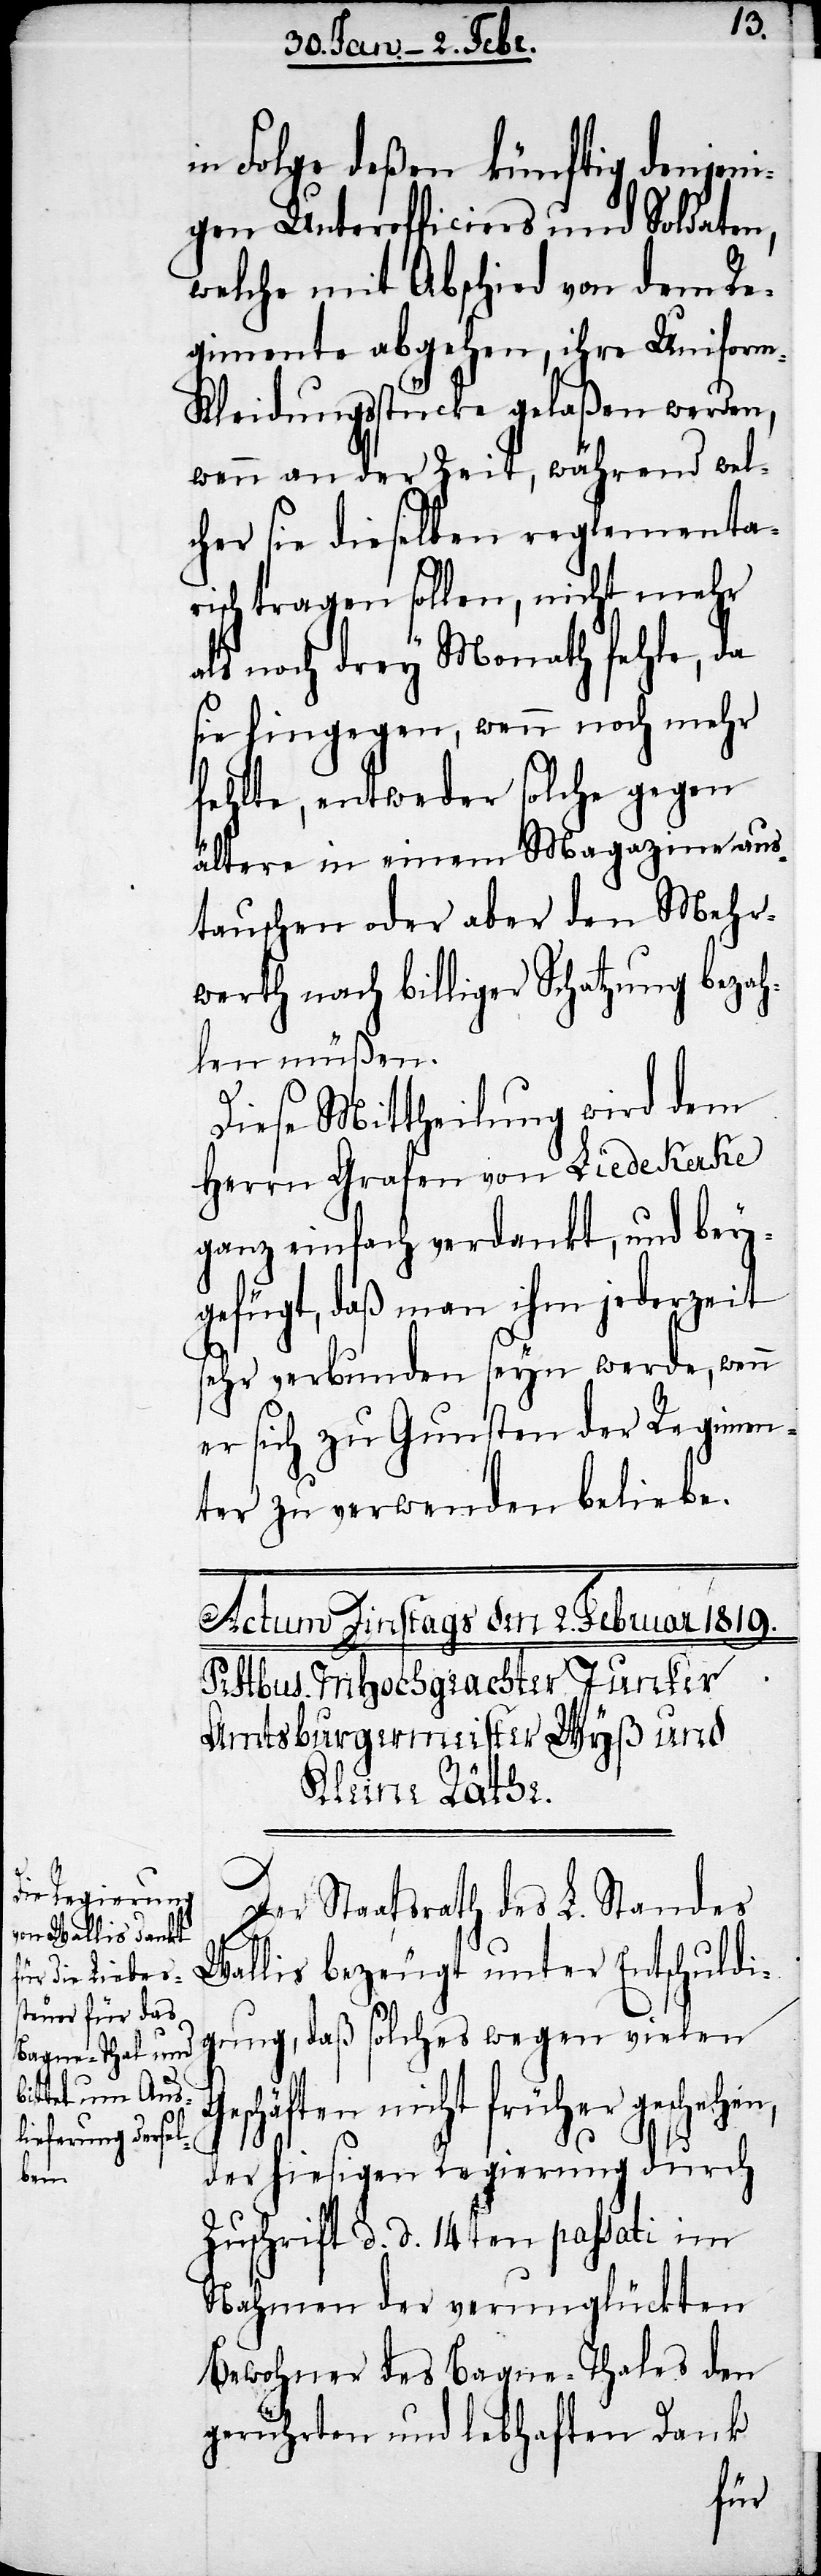
hen,

G¬
in Folge deßen künftig denjeni¬
gen Unterofficiers und Soldaten,
welche mit Abschied von dem Re¬
gimente abgehen, ihre Uniform-K¬
leidungsstücke gelaßen werden,
wenn an der Zeit, während wel¬
cher sie dieselben reglementar¬
isch tragen sollen, nicht mehr
als noch drey Monath fehle, da
sie hingegen, wenn noch mehr
fehlte, entweder solche gegen
ältere in einem Magazine aus¬
tauschen oder aber den Mehr¬
werth nach billiger Schatzung bezah¬
len müßen.
Diese Mittheilung wird dem
Herrn Grafen von Liedekerke
ganz einfach verdankt, und bey¬
gefügt, daß man ihm jederzeit
sehr verbunden seyn werde, wenn
er sich zu Gunsten der Regimen¬
ter zu verwenden beliebe.
Der Staatsrath des L. Standes
Wallis bezeugt unter Entschuldi¬
gung, daß solches wegen vielen
eschäften nicht früher gesche¬
der hiesigen Regierung durch
Zuschrift d. d. 14ten passati im
Nahmen der verunglückten
Bewohner des Bagne-Thales den
gerührten und lebhaften Dank